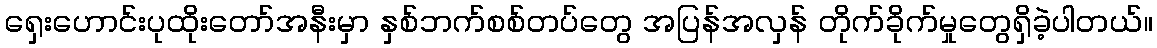
ရှေးဟောင်းပုထိုးတော်အနီးမှာ နှစ်ဘက်စစ်တပ်တွေ အပြန်အလှန် တိုက်ခိုက်မှုတွေရှိခဲ့ပါတယ်။